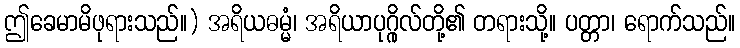
ဤခေမာမိဖုရားသည်။) အရိယဓမ္မံ၊ အရိယာပုဂ္ဂိုလ်တို့၏ တရားသို့။ ပတ္တာ၊ ရောက်သည်။